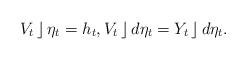
LaTeX: \begin{align*}V_t \,\rfloor\, \eta_t = h_t, V_t\,\rfloor\, d\eta_t = Y_t \,\rfloor\, d\eta_t.\end{align*}